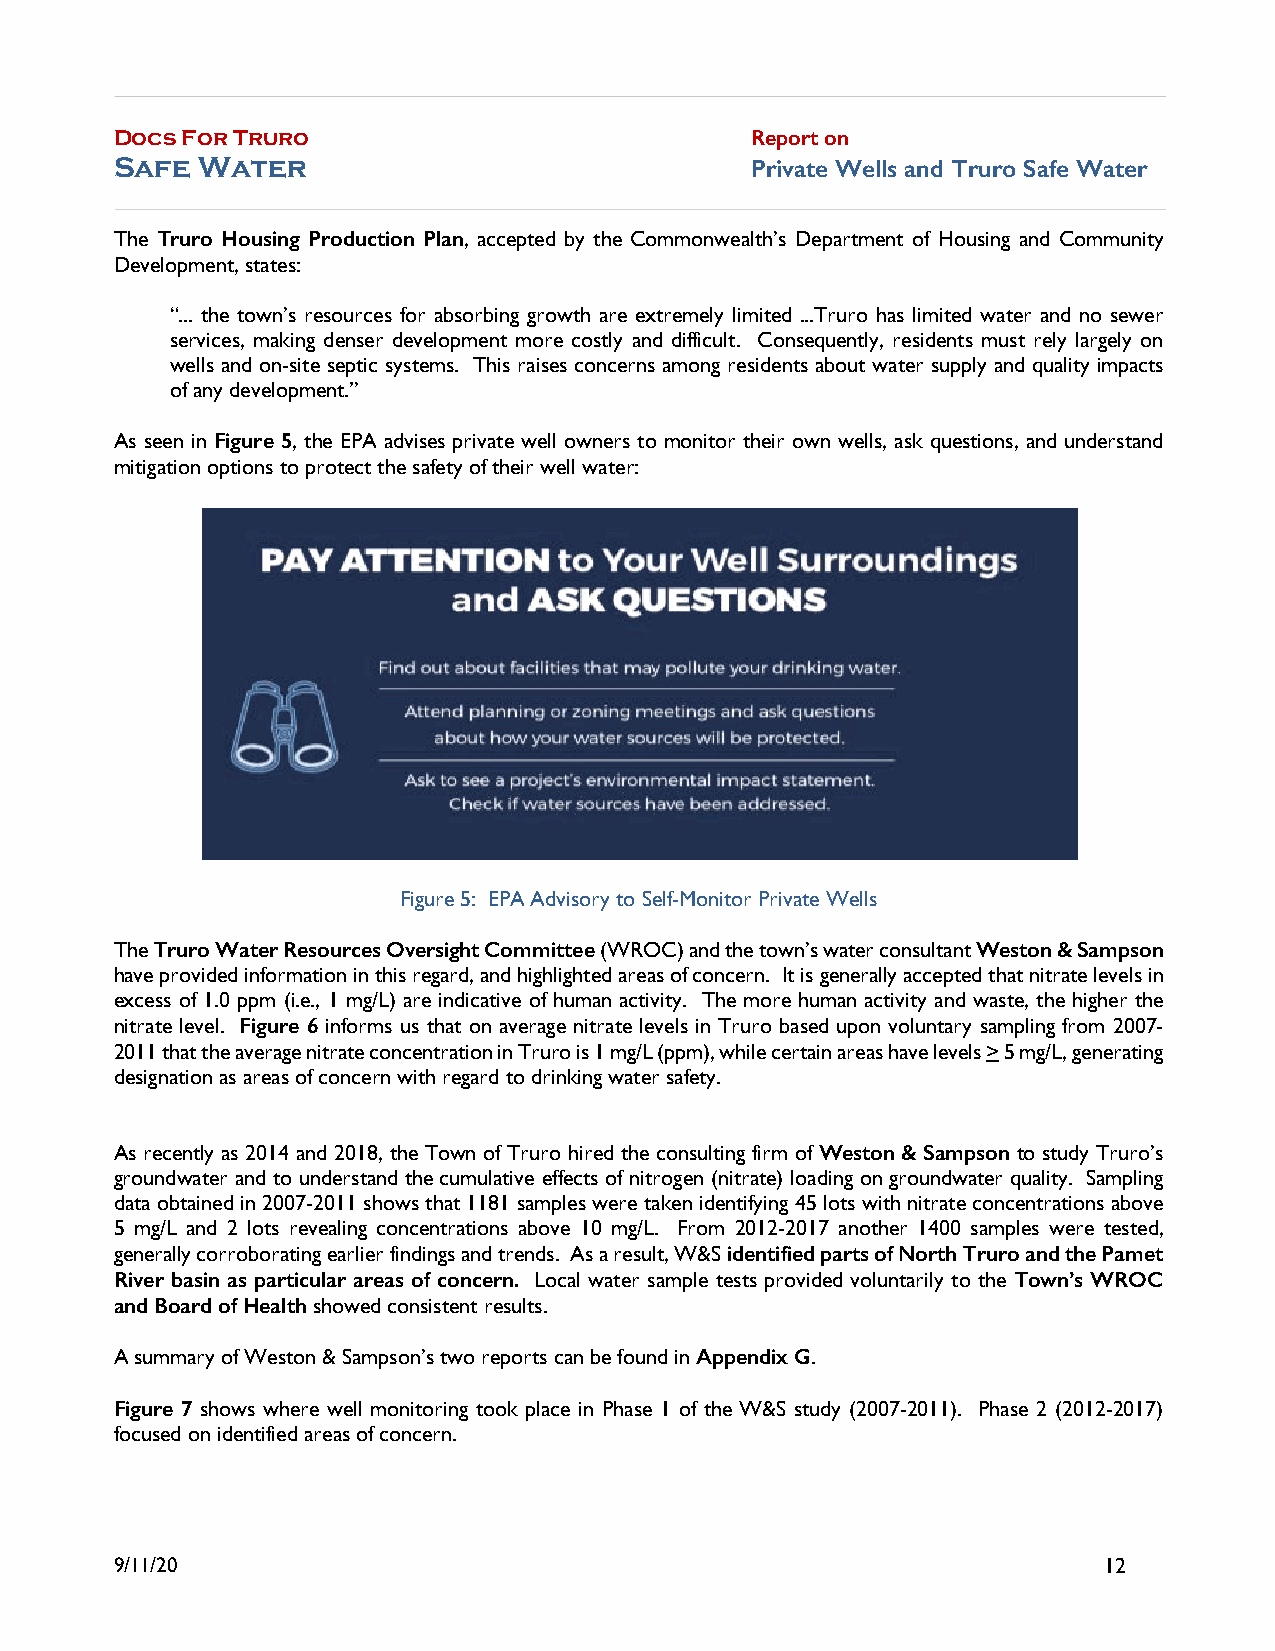
Docs For Truro                            Report on
 Safe Water                                Private Wells and Truro Safe Water
 The Truro Housing Production Plan, accepted by the Commonwealth’s Department of Housing and Community
 Development, states:
 “... the town’s resources for absorbing growth are extremely limited ...Truro has limited water and no sewer
 services, making denser development more costly and difficult. Consequently, residents must rely largely on
 wells and on-site septic systems. This raises concerns among residents about water supply and quality impacts
 of any development.”
 As seen in Figure 5, the EPA advises private well owners to monitor their own wells, ask questions, and understand
 mitigation options to protect the safety of their well water:
 Figure 5: EPA Advisory to Self-Monitor Private Wells
 The Truro Water Resources Oversight Committee (WROC) and the town’s water consultant Weston & Sampson
 have provided information in this regard, and highlighted areas of concern. It is generally accepted that nitrate levels in
 excess of 1.0 ppm (i.e., 1 mg/L) are indicative of human activity. The more human activity and waste, the higher the
 nitrate level. Figure 6 informs us that on average nitrate levels in Truro based upon voluntary sampling from 2007-
 2011 that the average nitrate concentration in Truro is 1 mg/L (ppm), while certain areas have levels > 5 mg/L, generating
 designation as areas of concern with regard to drinking water safety.
 As recently as 2014 and 2018, the Town of Truro hired the consulting firm of Weston & Sampson to study Truro’s
 groundwater and to understand the cumulative effects of nitrogen (nitrate) loading on groundwater quality. Sampling
 data obtained in 2007-2011 shows that 1181 samples were taken identifying 45 lots with nitrate concentrations above
 5 mg/L and 2 lots revealing concentrations above 10 mg/L. From 2012-2017 another 1400 samples were tested,
 generally corroborating earlier findings and trends. As a result, W&S identified parts of North Truro and the Pamet
 River basin as particular areas of concern. Local water sample tests provided voluntarily to the Town’s WROC
 and Board of Health showed consistent results.
 A summary of Weston & Sampson’s two reports can be found in Appendix G.
 Figure 7 shows where well monitoring took place in Phase 1 of the W&S study (2007-2011). Phase 2 (2012-2017)
 focused on identified areas of concern.
 9/11/20                                                          12